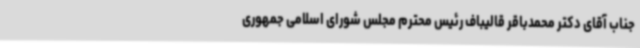
جناب آقای دکتر محمدباقر قالیباف رئیس محترم مجلس شورای اسلامی جمهوری